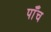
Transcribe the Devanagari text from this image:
पाँँच